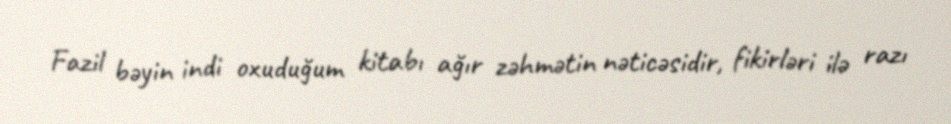
Fazil bəyin indi oxuduğum kitabı ağır zəhmətin nəticəsidir, fikirləri ilə razı